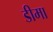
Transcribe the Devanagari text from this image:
डीमा